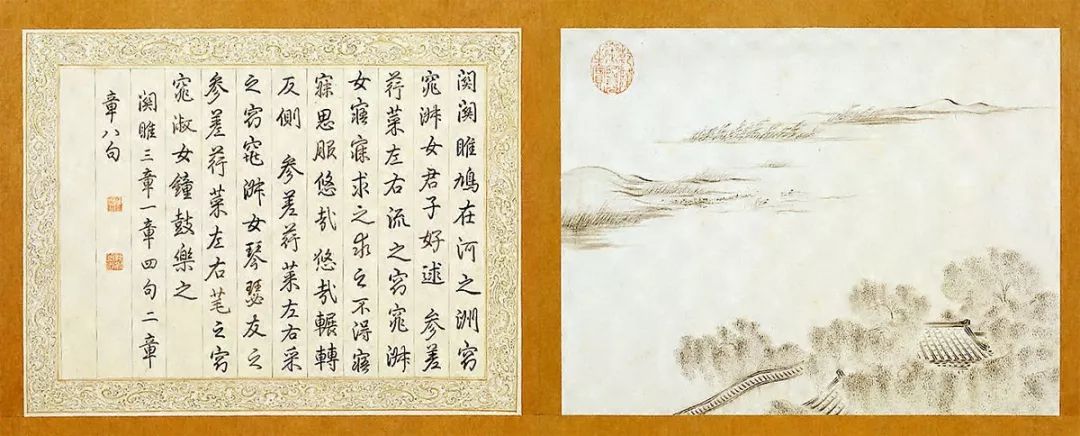
诗可以兴，可以观，可以群，可以怨。